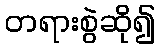
တရားစွဲဆို၍